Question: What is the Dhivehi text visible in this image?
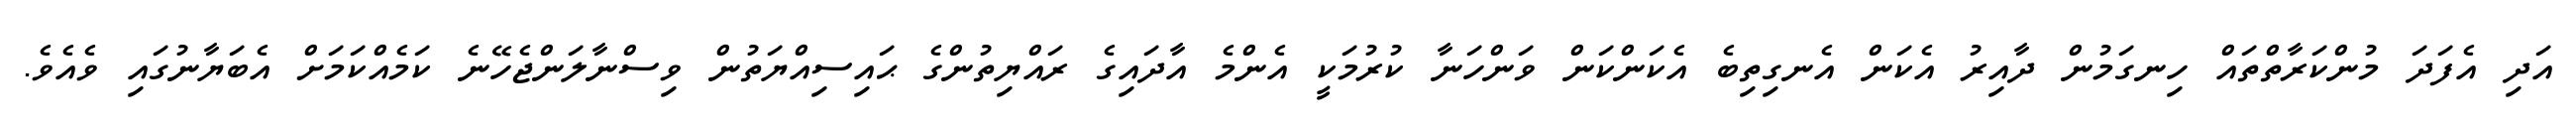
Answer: އަދި އެފަދަ މުންކަރާތްތައް ހިނގަމުން ދާއިރު އެކަން އެނގިތިބެ އެކަންކަން ވަންހަނާ ކުރުމަކީ އެންމެ އާދައިގެ ރައްޔިތުންގެ ޙައިސިއްޔަތުން ވިސްނާލަންޖެހޭނެ ކަމެއްކަމަށް އެބަޔާނުގައި ވެއެވެ.